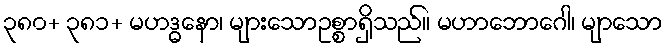
၃၈၀+ ၃၈၁+ မဟဒ္ဓနော၊ များသောဥစ္စာရှိသည်။ မဟာဘောဂေါ၊ မျာသော